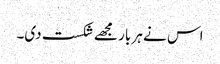
اس نے ہر بار مجھے شکست دی۔